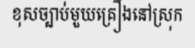
ខុសច្បាប់មួយគ្រឿងនៅស្រុក